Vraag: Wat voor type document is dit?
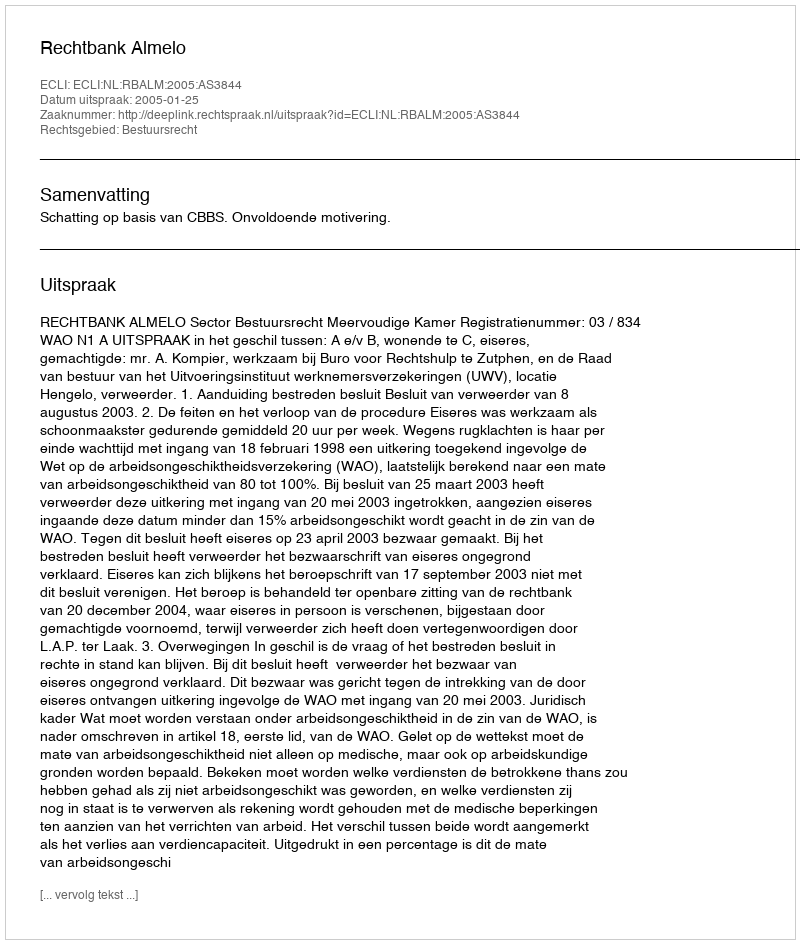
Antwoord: Uitspraak